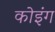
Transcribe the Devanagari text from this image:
कोइंग